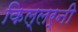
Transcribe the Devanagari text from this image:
किल्लर्नी